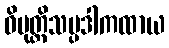
ဝိမုတ္တိသမ္ပဒါကထာယ